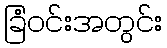
ခြံဝင်းအတွင်း